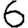
Digit: 6